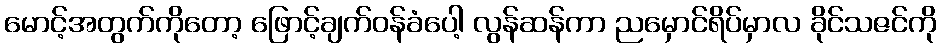
မောင့်အတွက်ကိုတော့ ဖြောင့်ချက်ဝန်ခံပေါ့ လွန်ဆန်ကာ ညမှောင်ရိပ်မှာလ ခိုင်သဇင်ကို